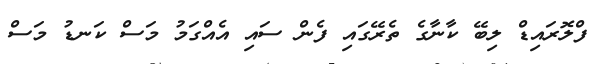
ފްލޮރައިޑް ލިބޭ ކާނާގެ ތެރޭގައި ފެން ސައި އެއްގަމު މަސް ކަނޑު މަސް